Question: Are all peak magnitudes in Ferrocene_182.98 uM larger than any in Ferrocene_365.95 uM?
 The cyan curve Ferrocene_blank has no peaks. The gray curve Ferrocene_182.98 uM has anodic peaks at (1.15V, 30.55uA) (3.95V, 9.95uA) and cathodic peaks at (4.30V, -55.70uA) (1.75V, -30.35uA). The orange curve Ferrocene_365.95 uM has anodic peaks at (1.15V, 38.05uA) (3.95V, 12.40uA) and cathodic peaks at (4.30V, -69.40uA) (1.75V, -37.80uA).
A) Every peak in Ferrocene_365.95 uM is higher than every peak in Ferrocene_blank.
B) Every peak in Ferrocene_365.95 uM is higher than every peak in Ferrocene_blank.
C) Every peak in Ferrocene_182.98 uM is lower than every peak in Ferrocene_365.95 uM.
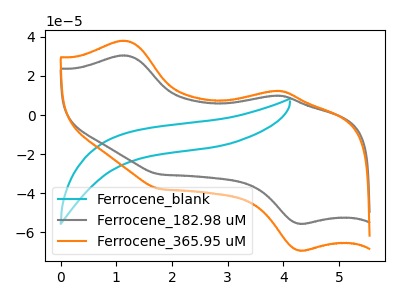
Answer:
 <answer>C) Every peak in "Ferrocene_182.98 uM" is lower than every peak in "Ferrocene_365.95 uM".</answer>
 <eval>C</eval>